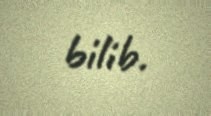
bilib.